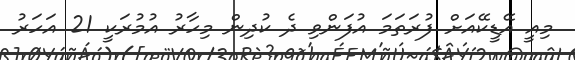
މިއީ އޭޑީކޭއަށް ފުރަތަމަ އުފަންވި ދެ ކުދިން މިހާރު އުމުރަކީ 21 އަަހަރު